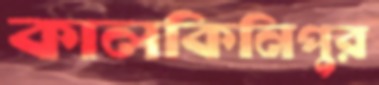
কালকিনিপুর